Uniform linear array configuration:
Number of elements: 64
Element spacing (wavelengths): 0.25
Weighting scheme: cosine
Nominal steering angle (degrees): -15
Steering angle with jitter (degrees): -15.243
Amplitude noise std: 0.05
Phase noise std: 0.05

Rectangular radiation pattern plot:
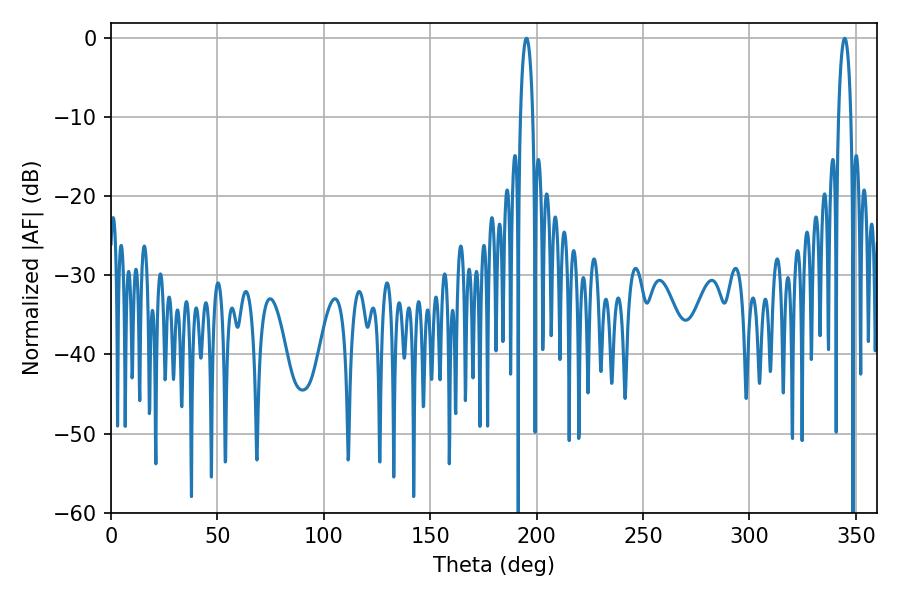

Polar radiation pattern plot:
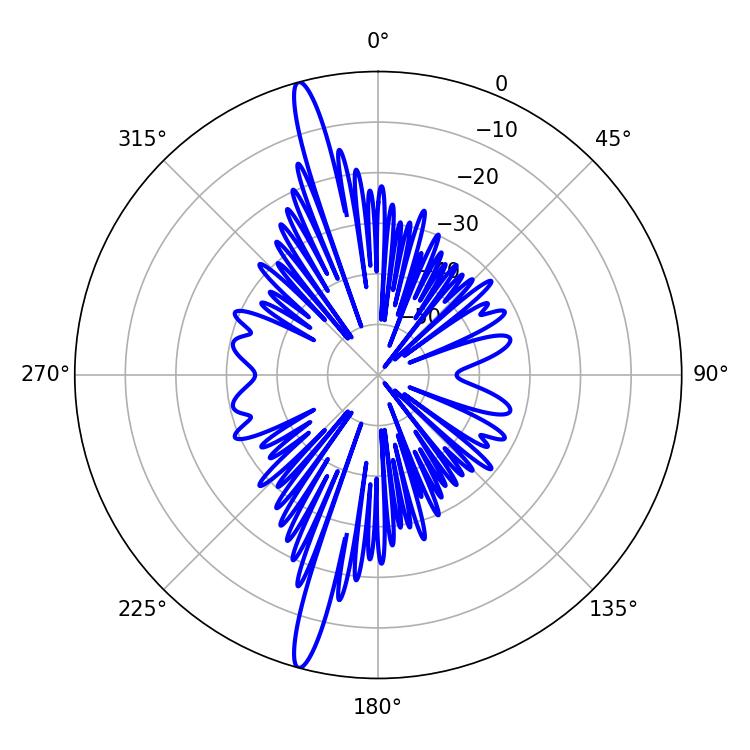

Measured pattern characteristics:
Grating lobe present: FALSE
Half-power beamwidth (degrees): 3.24
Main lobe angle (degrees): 344.7